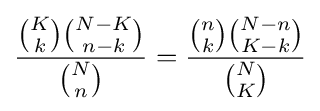
{{K \choose k}{N-K \choose n-k} \over {N \choose n}}={{{n \choose k}{{N-n} \choose {K-k}}} \over {N \choose K}}